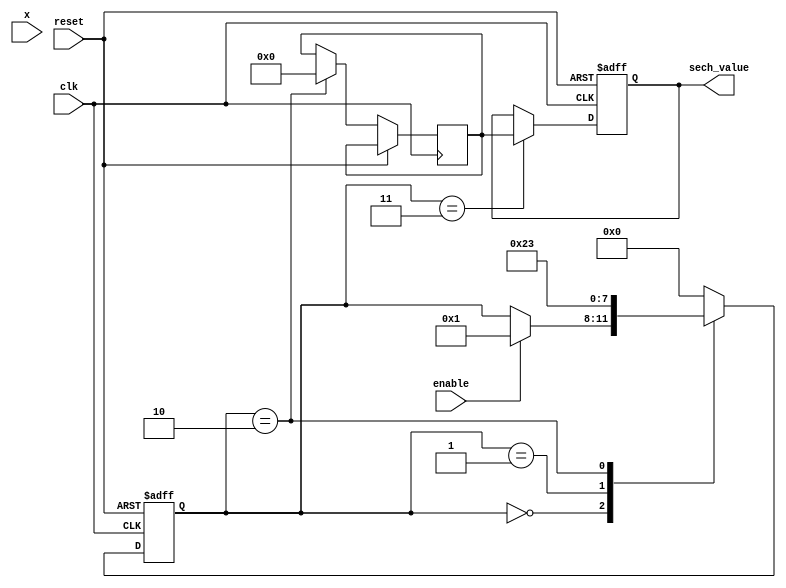
module hyperbolic_secant #(parameter N = 16, // Number of input bits
                           parameter M = 32  // Number of output bits
                           ) (
    input wire clk,
    input wire reset,
    input wire enable,
    input wire signed [N-1:0] x, // Input: fixed-point representation
    output reg signed [M-1:0] sech_value // Output: hyperbolic secant value
);

    reg signed [M-1:0] cosh_x;         // Variable for hyperbolic cosine
    reg signed [M-1:0] cosh_x_inv;     // Inverse of cosh(x)
    reg [3:0] state;                   // State variable for FSM

    // Parameters for calculating cosh(x)
    parameter MAX_ITER = 10; // Max iterations for Taylor Series
    parameter FACTORIAL = { M{1'b0}}; // Placeholder for factorial values if needed

    // State encoding
    localparam IDLE    = 2'b00,
               COSH    = 2'b01,
               RECIPROCAL = 2'b10,
               DONE    = 2'b11;

    // Taylor series calculation of cosh(x)
    function signed [M-1:0] calculate_cosh;
        input signed [N-1:0] x_in;
        integer i;
        reg signed [M-1:0] term;
        reg signed [M-1:0] sum;
        
        begin
            sum = 0;
            term = 1; // First term of Taylor series (x^0 / 0!)
            for(i = 0; i < MAX_ITER; i = i + 1) begin
                if (i > 0) begin
                    term = (term * x_in * x_in) / (2 * i * (2 * i - 1)); // x^2n/(2n)!
                end
                sum = sum + term; // Cumulative sum
            end
            calculate_cosh = sum;
        end
    endfunction

    // Reciprocal calculation using Newton-Raphson (simplified)
    function signed [M-1:0] reciprocal;
        input signed [M-1:0] value;
        reg signed [M-1:0] approx;
        begin
            approx = (1 << (M-1)); // Initial approximation
            approx = approx - ((value * approx - (1 << (M-1))) * approx) >> M; // One iteration
            reciprocal = approx;
        end
    endfunction

    // Main finite state machine to control computation flow
    always @(posedge clk or posedge reset) begin
        if (reset) begin
            state <= IDLE;
            sech_value <= 0;
        end else begin
            case(state)
                IDLE: begin
                    if (enable) begin
                        state <= COSH;
                    end
                end
                
                COSH: begin
                    cosh_x <= calculate_cosh(x);
                    state <= RECIPROCAL;
                end
                
                RECIPROCAL: begin
                    // Compute reciprocal of cosh_x
                    if (cosh_x != 0) 
                        cosh_x_inv <= reciprocal(cosh_x);
                    else
                        cosh_x_inv <= 0; // Handle overload/underflow
                    state <= DONE;
                end
                
                DONE: begin
                    sech_value <= cosh_x_inv; // Final output
                    state <= IDLE; // Return to IDLE state
                end

                default: state <= IDLE; // Reset default state
            endcase
        end
    end
endmodule